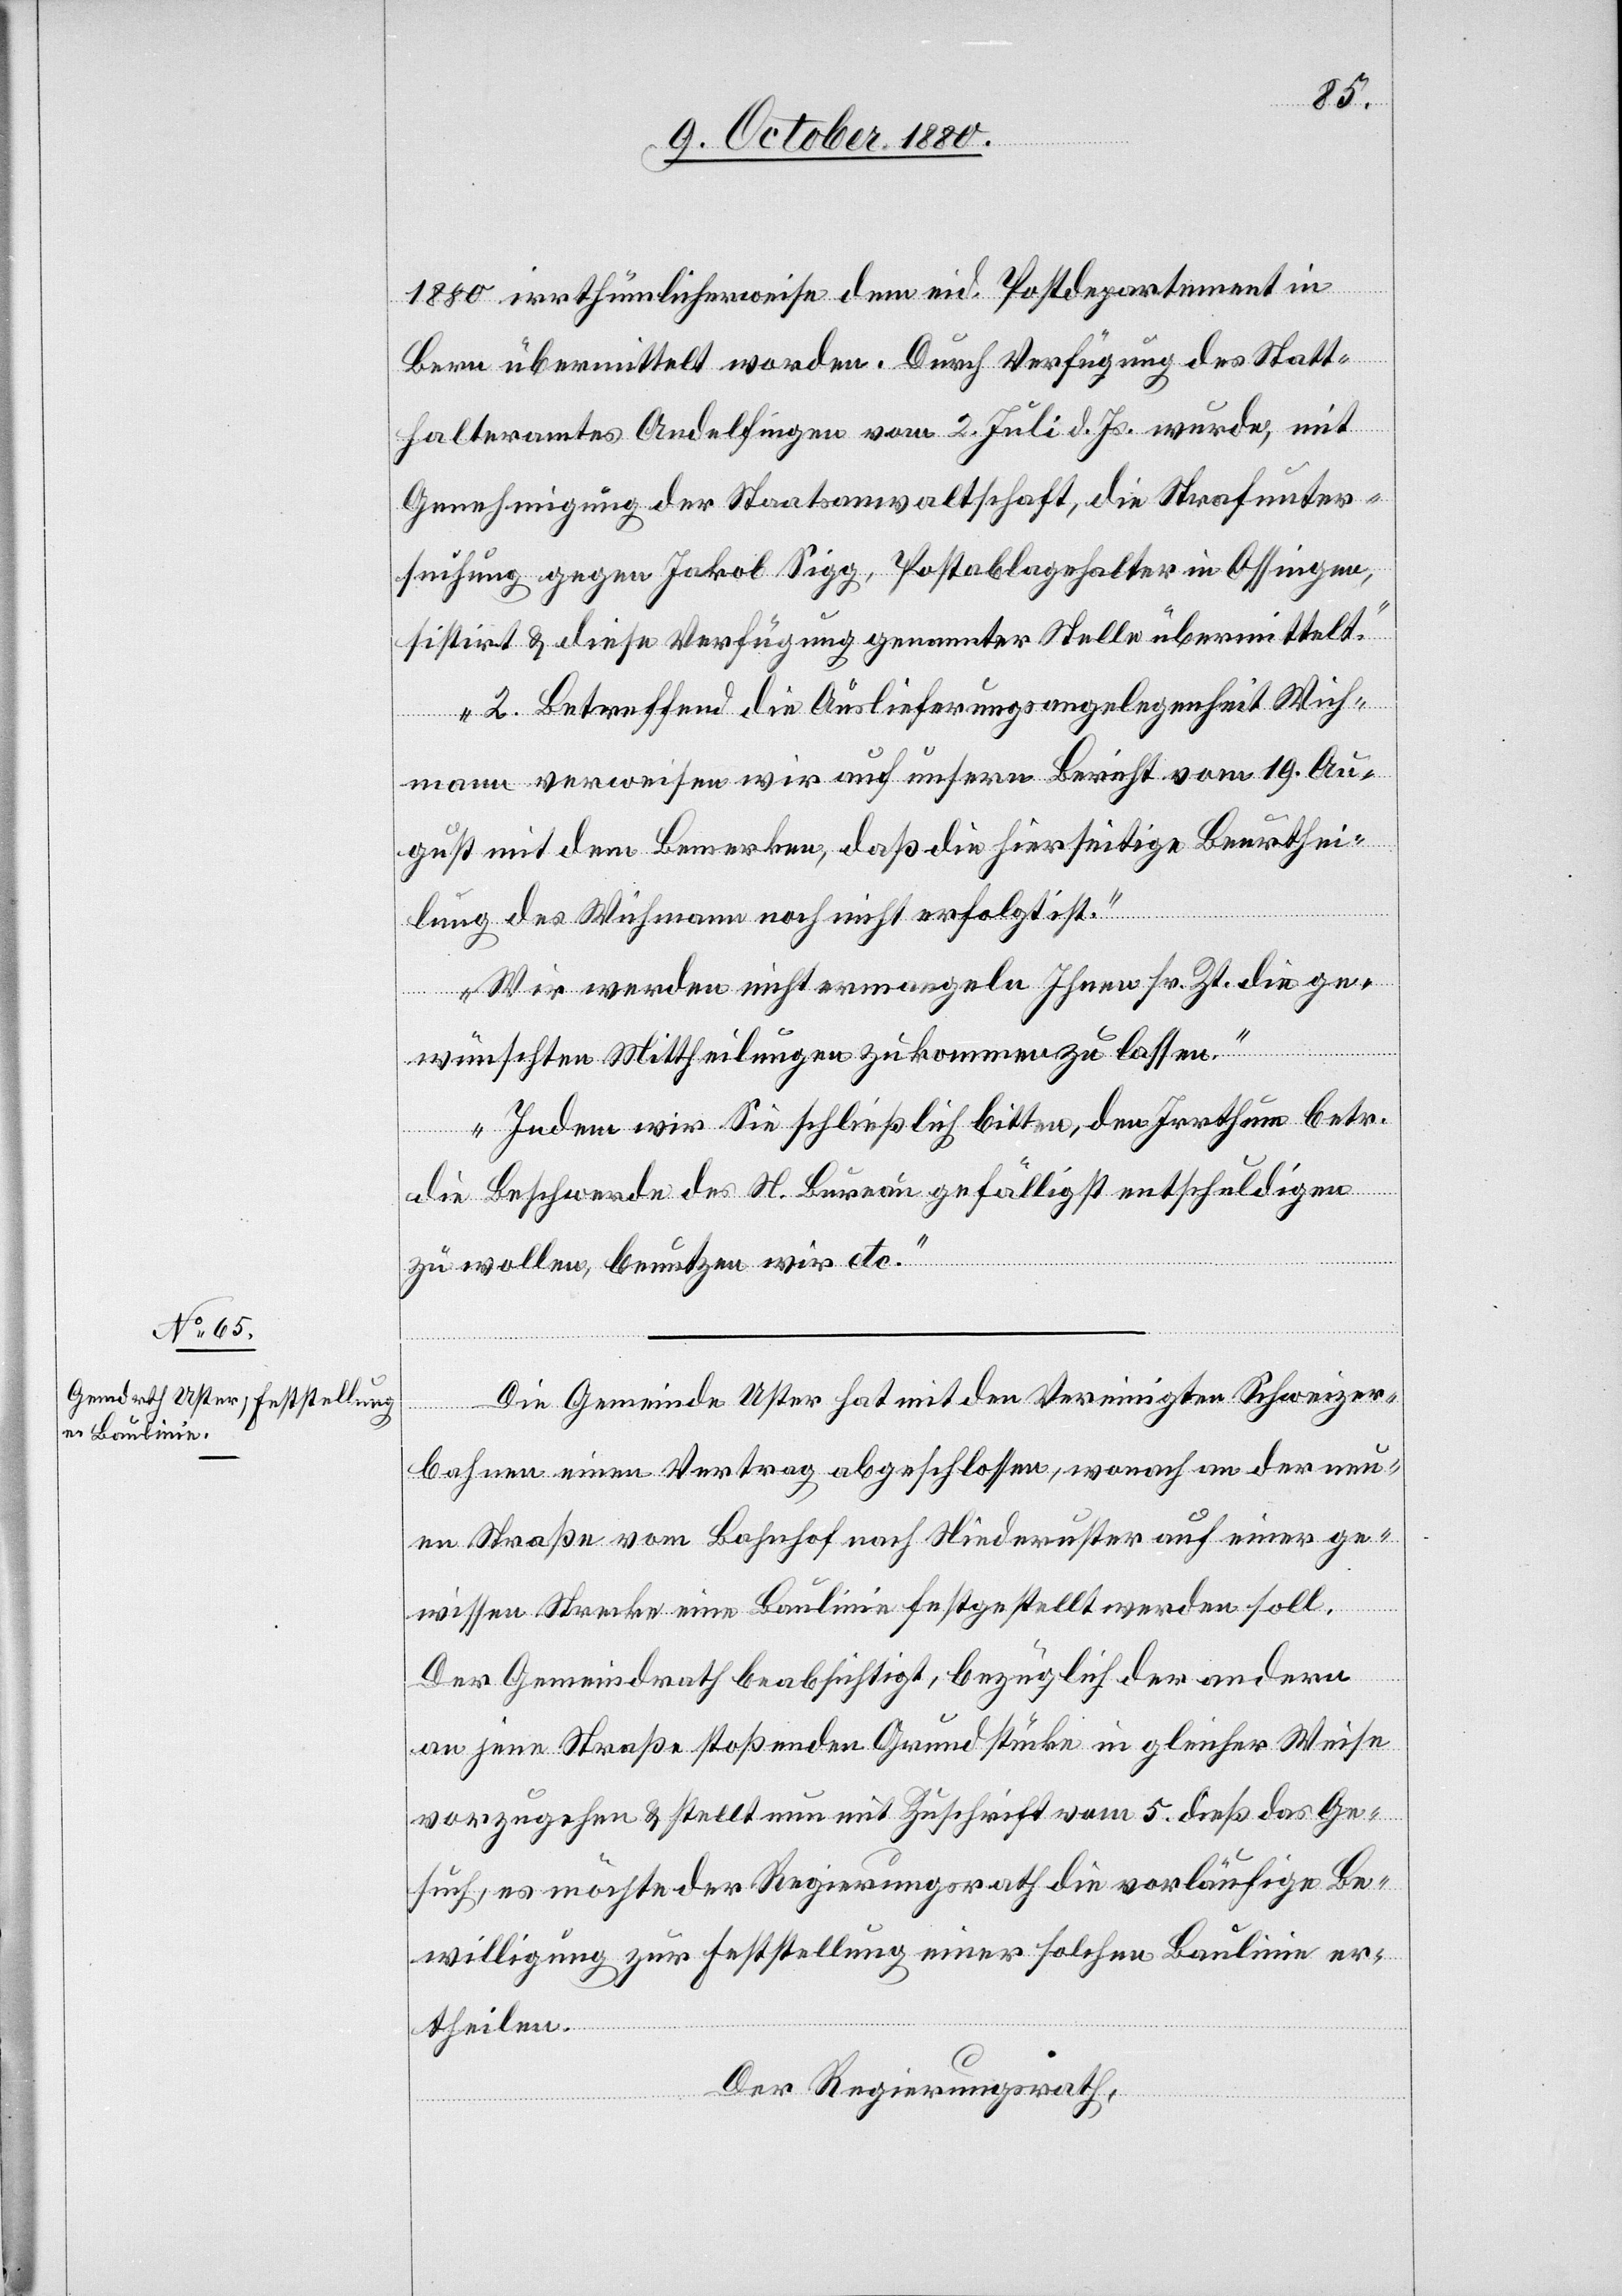
1880 irrthümlicherweise dem eid. Postdepartement in
Bern übermittelt worden. Durch Verfügung des Statt¬
halteramtes Andelfingen vom 2. Juli d. Js. wurde, mit
Genehmigung der Staatsanwaltschaft, die Strafunter¬
suchung gegen Jakob Sigg, Postablagehalter in Ossingen,
sistirt & diese Verfügung genannter Stelle übermittelt.
2. Betreffend die Auslieferungsangelegenheit Wich¬
mann verweisen wir auf unsern Bericht vom 19. Au¬
gust mit dem bemerken, daß die hierseitige Beurthei¬
lung des Wichmann noch nicht erfolgt ist.
Wir werden nicht ermangeln Ihnen sr. Zt. die ge¬
wünschten Mittheilungen zukommen zu lassen.
Indem wir Sie schließlich bitten, den Irrthum betr.
die Beschwerde des N. Bureau gefälligst entschuldigen
zu wollen, benutzen wir etc.“
Die Gemeinde Uster hat mit den Vereinigten Schweizer¬
bahnen einen Vertrag abgeschlossen, wonach an der neu¬
en Straße vom Bahnhof nach Niederuster auf einer ge¬
wissen Strecke eine Baulinie festgestellt werden soll.
Der Gemeindrath beabsichtigt, bezüglich der andern
an jene Straße stoßende Grundstücke in gleicher Weise
vorzugehen & stellt nun mit Zuschrift vom 5. dieß das Ge¬
such, es möchte der Regierungsrath die vorläufige Be¬
willigung zur Feststellung einer solchen Baulinie er¬
theilen.
Der Regierungsrath,